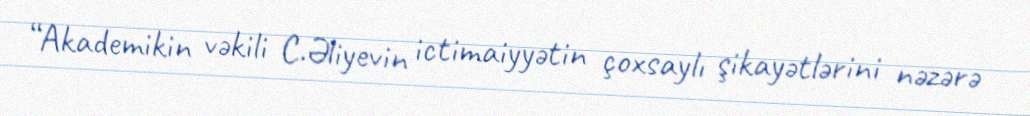
“Akademikin vəkili C.Əliyevin ictimaiyyətin çoxsaylı şikayətlərini nəzərə